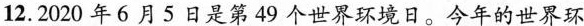
12.2020年6月5日是第49个世界环境日。今年的世界环